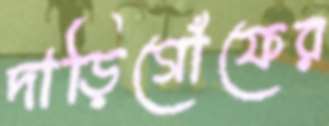
দাড়িগোঁফের